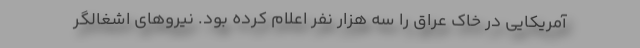
آمریکایی در خاک عراق را سه هزار نفر اعلام کرده بود. نیروهای اشغالگر